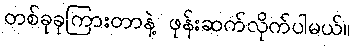
တစ်ခုခုကြားတာနဲ့ ဖုန်းဆက်လိုက်ပါမယ်။